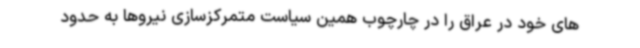
های خود در عراق را در چارچوب همین سیاست متمرکزسازی نیروها به حدود